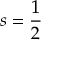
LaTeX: s = { \frac { 1 } { 2 } }